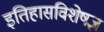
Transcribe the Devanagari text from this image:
इतिहासविशेषज्ञ